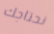
نحتاجك